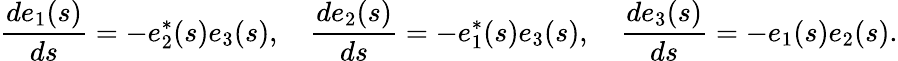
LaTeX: {\frac{d{e}_{1}(s)}{ds}}=-{e}_{2}^{*}(s)e_{3}(s),\quad{\frac{d{e}_{2}(s)}{ds}}=-{e}_{1}^{*}(s){e}_{3}(s),\quad{\frac{d{e}_{3}(s)}{ds}}=-{e}_{1}(s)e_{2}(s).